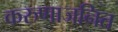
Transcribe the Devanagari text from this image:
करुणाजनित